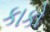
કાકો